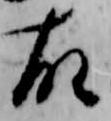
故